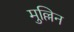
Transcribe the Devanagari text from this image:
मुल्लिन